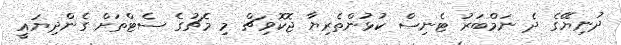
ދުނިޔޭގެ ދެ ނަމްބަރު ޓެނިސް ކުޅުންތެރިޔާ ޖޮކޮވިޗް މި މެޗުގެ ސެޓްތަށް ގެންދިޔައީ